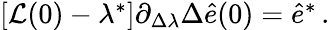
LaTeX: \begin{array}{r}{[\mathcal{L}(0)-\lambda^{*}]\partial_{\Delta\lambda}\Delta\hat{e}(0)=\hat{e}^{*}\, .}\end{array}